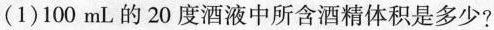
(1)100mL的20度酒液中所含酒精体积是多少?